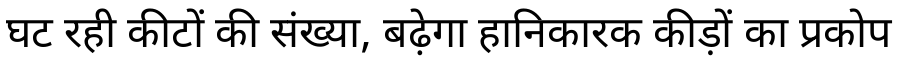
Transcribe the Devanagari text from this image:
घट रही कीटों की संख्या, बढ़ेगा हानिकारक कीड़ों का प्रकोप